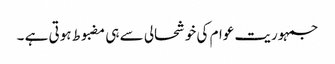
جمہوریت عوام کی خوشحالی سے ہی مضبوط ہوتی ہے ۔